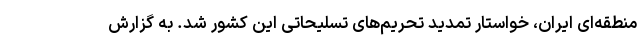
منطقه‌ای ایران، خواستار تمدید تحریم‌های تسلیحاتی این کشور شد. به گزارش